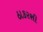
ઠાકરશી